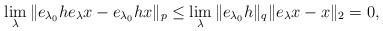
LaTeX: \begin{align*}\lim_\lambda \|e_{\lambda_0} h e_\lambda x - e_{\lambda_0} hx\|_p\le \lim_\lambda \|e_{\lambda_0} h\|_q\| e_\lambda x - x\|_2=0,\end{align*}